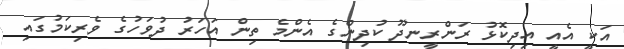
އަކީ އެއީ އިދިކޮޅު ރަންރީނދޫ ކުދިންގެ އެންމެ ތިން އަހަރު ދުވަހުގެ ވެރިކަމުގައި